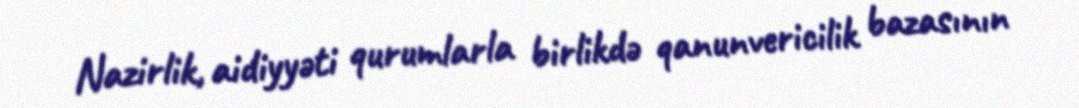
Nazirlik, aidiyyəti qurumlarla birlikdə qanunvericilik bazasının